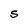
Character: S